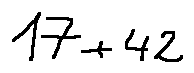
1 7 + 4 2